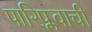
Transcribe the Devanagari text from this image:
पारिप्लवाची